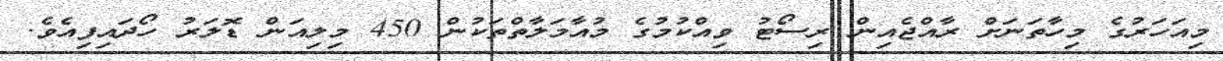
މިއަހަރުގެ މިހާތަނަށް ރާއްޖެއިން ރިސޯޓު ވިއްކުމުގެ މުއާމަލާތްތަކުން 450 މިލިއަން ޑޮލަރު ހޯދައިފިއެވެ.